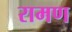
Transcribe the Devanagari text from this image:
रामण